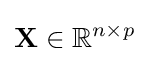
\mathbf {X} \in \mathbb {R} ^{n\times p}